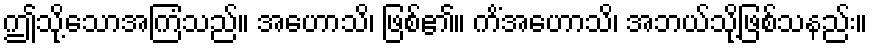
ဤသို့သောအကြံသည်။ အဟောသိ၊ ဖြစ်၏။ ကိံအဟောသိ၊ အဘယ်သို့ဖြစ်သနည်း။